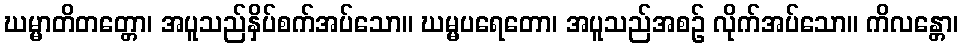
ဃမ္မာတိတတ္တော၊ အပူသည်နှိပ်စက်အပ်သော။ ဃမ္မပရေတော၊ အပူသည်အစဉ် လိုက်အပ်သော။ ကိလန္တော၊